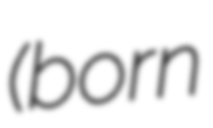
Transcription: (born